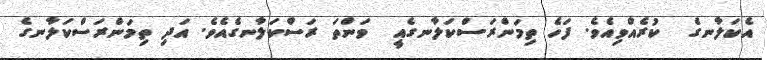
އެކަލާނގެ  ކުރެއްވިއެވެ. ފަހެ ތިމަންރަސްކަލާނގެއީ  ވަންތަ ރަސްކަލާނގެއެވެ. އަދި ތިމަންރަސްކަލާނގެ